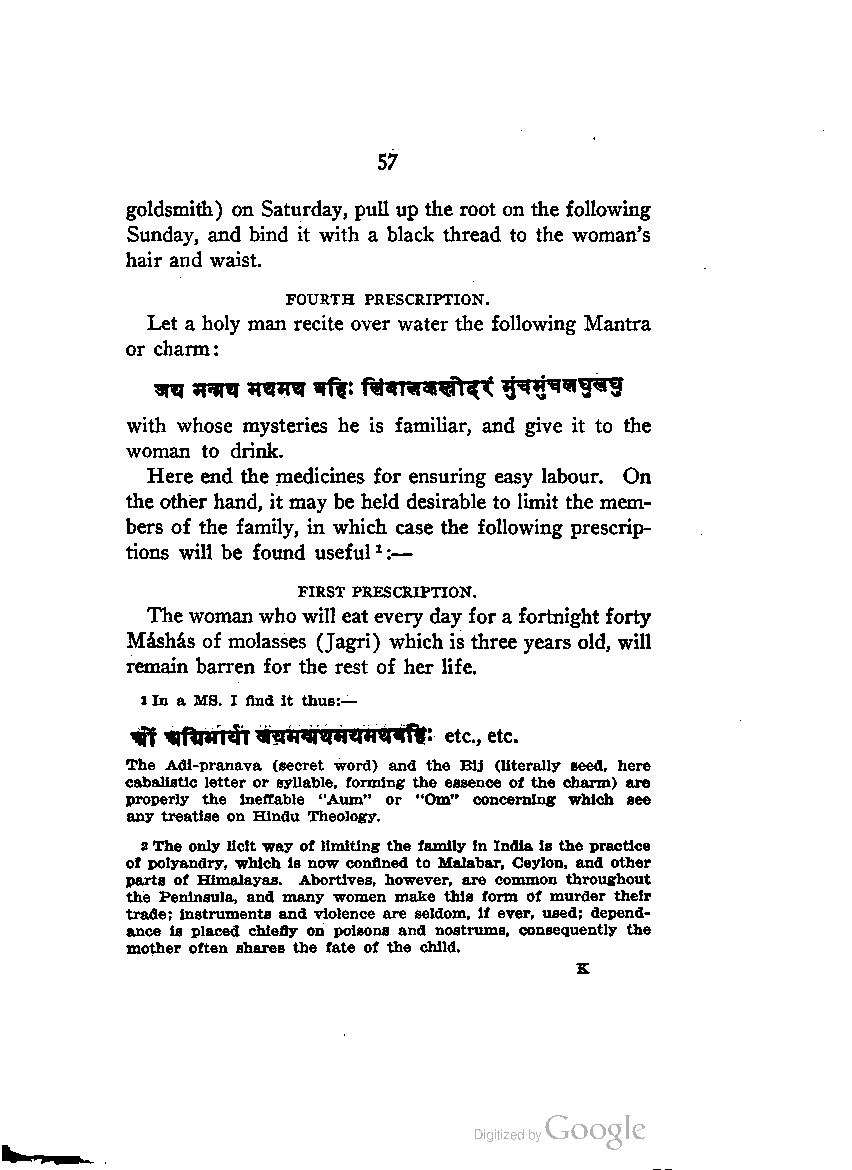
57
 goldsmith) on Saturday, pull up the root on the following
 Sunday, and bind it with a black thread to the woman's
 hair and waist.
 FOURTH PRESCRIPTION.
 Let a holy man recite over water the following Mantra
 or charm:
 with whose mysteries he is familiar, and give it to the
 woman to drink.
 Here end the medicines for ensuring easy labour. On
 the other hand, it may be held desirable to limit the mem
 bers of the family, in which case the following prescrip
 tions will be found useful1:—
 FIRST PRESCRIPTION.
 Thewoman who will eat every day fora fortnight forty
 Mashas of molasses (Jagri) which is three years old, will
 remain barren for the rest of her life.
 xIn a MS. I And it thus:—
 <tff *iRwi4> «?wiiwnlir. etc., etc.
 The Adl-pranava (secret word) and the Bij (literally seed, here
 cabalistic letter or syllable, forming the essence of the charm) are
 properly the ineffable "Aum" or "Om" concerning which see
 any treatise on Hindu Theology.
 2The only licitway oflimiting the family in India is the practice
 of polyandry, which is now confined to Malabar, Ceylon, and other
 parts of Himalayas. Abortives, however, are common throughout
 the Peninsula, and many women make this form of murder their
 trade; instruments and violence are seldom, if ever, used; depend-
 ance is placed chiefly on poisons and nostrums, consequently the
 mother often shares the fate of the child.
 K